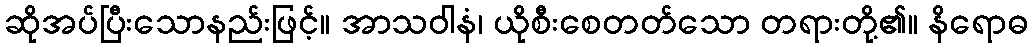
ဆိုအပ်ပြီးသောနည်းဖြင့်။ အာသဝါနံ၊ ယိုစီးစေတတ်သော တရားတို့၏။ နိရောဓ